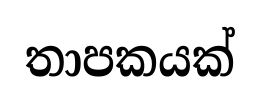
තාපකයක්